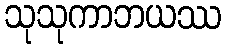
သုသုကာဘယဿ